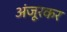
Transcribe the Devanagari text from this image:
अंजूरकर